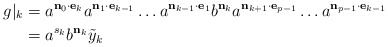
\begin{align*}g|_k &= a^{\mathbf{n}_{0} \cdot \mathbf{e}_{k}} a^{\mathbf{n}_{1} \cdot \mathbf{e}_{{k-1}}} \dots a^{\mathbf{n}_{k-1} \cdot \mathbf{e}_{{1}}} b^{\mathbf{n}_{k}} a^{\mathbf{n}_{k+1} \cdot \mathbf{e}_{{p-1}}} \dots a^{\mathbf{n}_{p-1} \cdot \mathbf{e}_{{k-1}}}\\&= a^{s_k} b^{\mathbf{n}_{k}} \tilde y_k\end{align*}